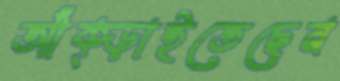
আঁক্‌ড়াইতেছেন